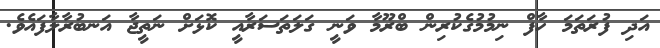
އަދި ފުރަތަމަ ހާފް ނިމުމުގެކުރިން ބްރޫމާ ވަނީ ގަލަތަސަރާއީ ކޮޅަށް ނަތީޖާ އަނބުރާލާފައެވެ.